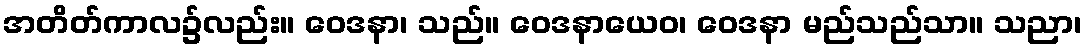
အတိတ်ကာလ၌လည်း။ ဝေဒနာ၊ သည်။ ဝေဒနာယေဝ၊ ဝေဒနာ မည်သည်သာ။ သညာ၊